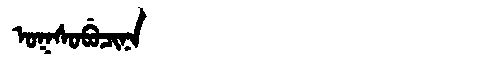
Manchu: ᠣᡴᠰᠣᠪᡠᠴᡳᠨᠠ
Romanization: OKSOBUCINA